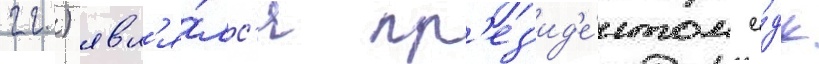
гг.) явл'я́лс'я пр'ез'ид'е́нтом е́дк